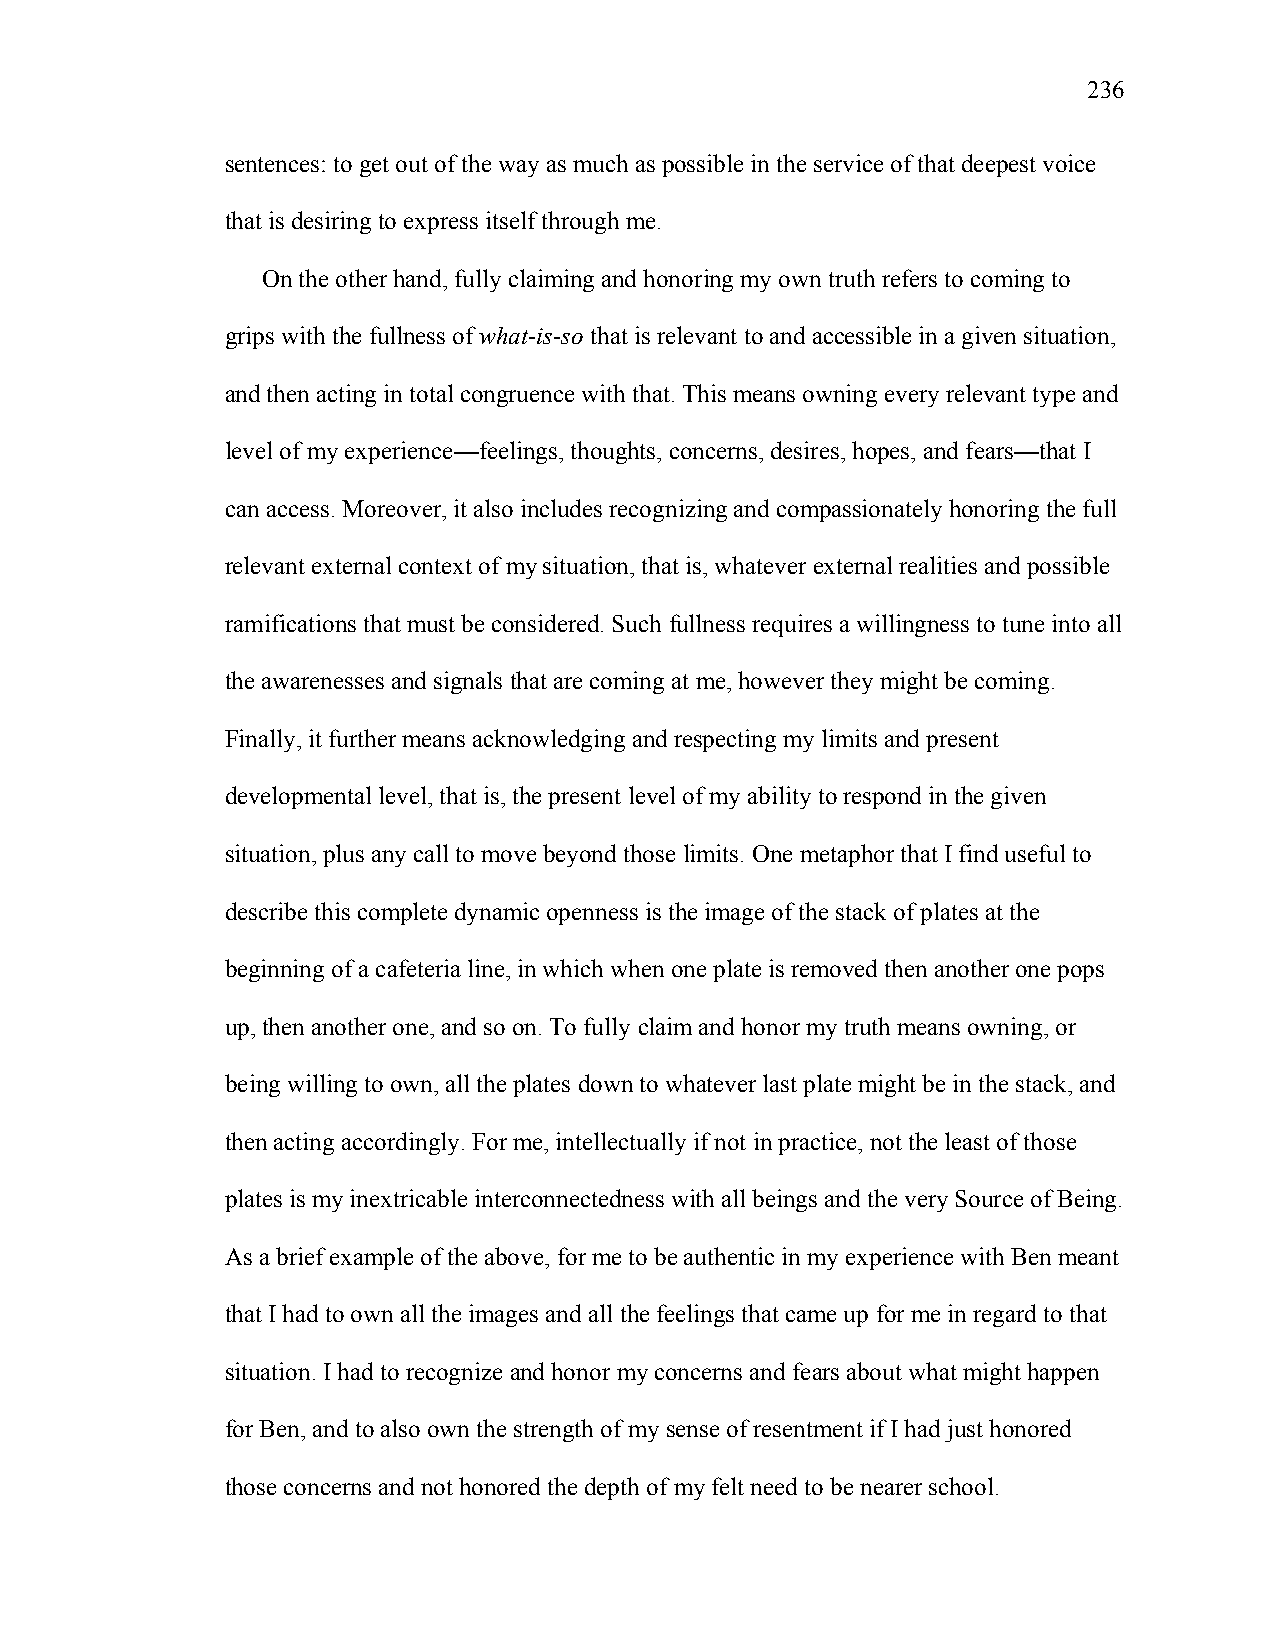
236
 sentences: to get out of the way as much as possible in the service of that deepest voice
 that is desiring to express itself through me.
 On the other hand, fully claiming and honoring my own truth refers to coming to
 grips with the fullness of what-is-so that is relevant to and accessible in a given situation,
 and then acting in total congruence with that. This means owning every relevant type and
 level of my experience—feelings, thoughts, concerns, desires, hopes, and fears—that I
 can access. Moreover, it also includes recognizing and compassionately honoring the full
 relevant external context of my situation, that is, whatever external realities and possible
 ramifications that must be considered. Such fullness requires a willingness to tune into all
 the awarenesses and signals that are coming at me, however they might be coming.
 Finally, it further means acknowledging and respecting my limits and present
 developmental level, that is, the present level of my ability to respond in the given
 situation, plus any call to move beyond those limits. One metaphor that I find useful to
 describe this complete dynamic openness is the image of the stack of plates at the
 beginning of a cafeteria line, in which when one plate is removed then another one pops
 up, then another one, and so on. To fully claim and honor my truth means owning, or
 being willing to own, all the plates down to whatever last plate might be in the stack, and
 then acting accordingly. For me, intellectually if not in practice, not the least of those
 plates is my inextricable interconnectedness with all beings and the very Source of Being.
 As a brief example of the above, for me to be authentic in my experience with Ben meant
 that I had to own all the images and all the feelings that came up for me in regard to that
 situation. I had to recognize and honor my concerns and fears about what might happen
 for Ben, and to also own the strength of my sense of resentment if I had just honored
 those concerns and not honored the depth of my felt need to be nearer school.